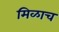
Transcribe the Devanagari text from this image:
मिळाच